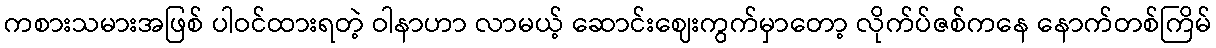
ကစားသမားအဖြစ် ပါဝင်ထားရတဲ့ ဝါနာဟာ လာမယ့် ဆောင်းဈေးကွက်မှာတော့ လိုက်ပ်ဇစ်ကနေ နောက်တစ်ကြိမ်